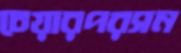
চেয়ারপরসন